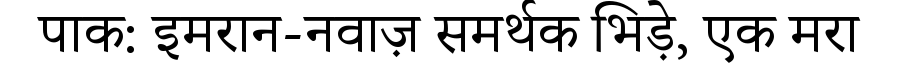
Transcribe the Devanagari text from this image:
पाक: इमरान-नवाज़ समर्थक भिड़े, एक मरा